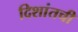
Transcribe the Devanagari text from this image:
दिशांतची